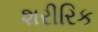
શરીરિક